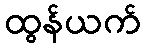
ထွန်ယက်